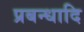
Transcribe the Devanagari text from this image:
प्रबन्धादि